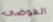
الفوضى